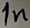
Text: 1n